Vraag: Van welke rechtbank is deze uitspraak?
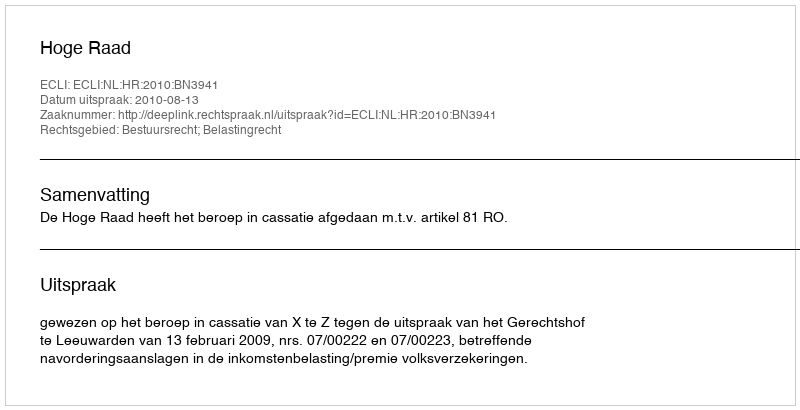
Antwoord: Hoge Raad